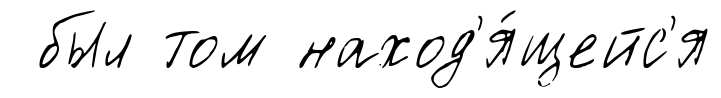
был том наход'я́щейс'я